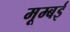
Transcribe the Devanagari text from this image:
मूम्बई